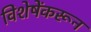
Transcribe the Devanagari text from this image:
विशेषेंकरून